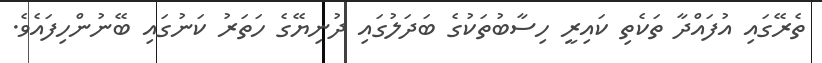
ތެރޭގައި އުފައްދާ ތަކެތި ކައިރީ ހިސާބުތަކުގެ ބަދަލުގައި ދުނިޔޭގެ ހަތަރު ކަނުގައި ބޭނުންހިފައެވެ.